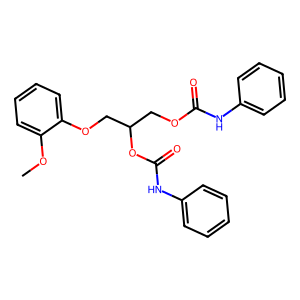
SMILES: COc1ccccc1OCC(COC(=O)Nc1ccccc1)OC(=O)Nc1ccccc1
Inhibits HIV replication: No